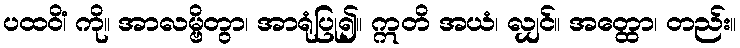
ပထဝိံ၊ ကို။ အာလမ္ဗိတွာ၊ အာရုံပြု၍။ ဣတိ အယံ၊ လျှင်။ အတ္ထော၊ တည်း။